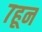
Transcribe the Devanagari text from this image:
७हून